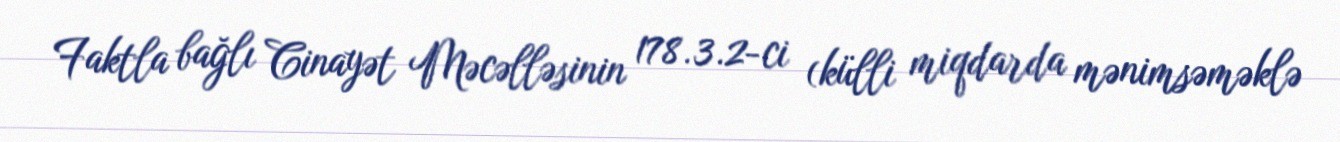
Faktla bağlı Cinayət Məcəlləsinin 178.3.2-ci (külli miqdarda mənimsəməklə